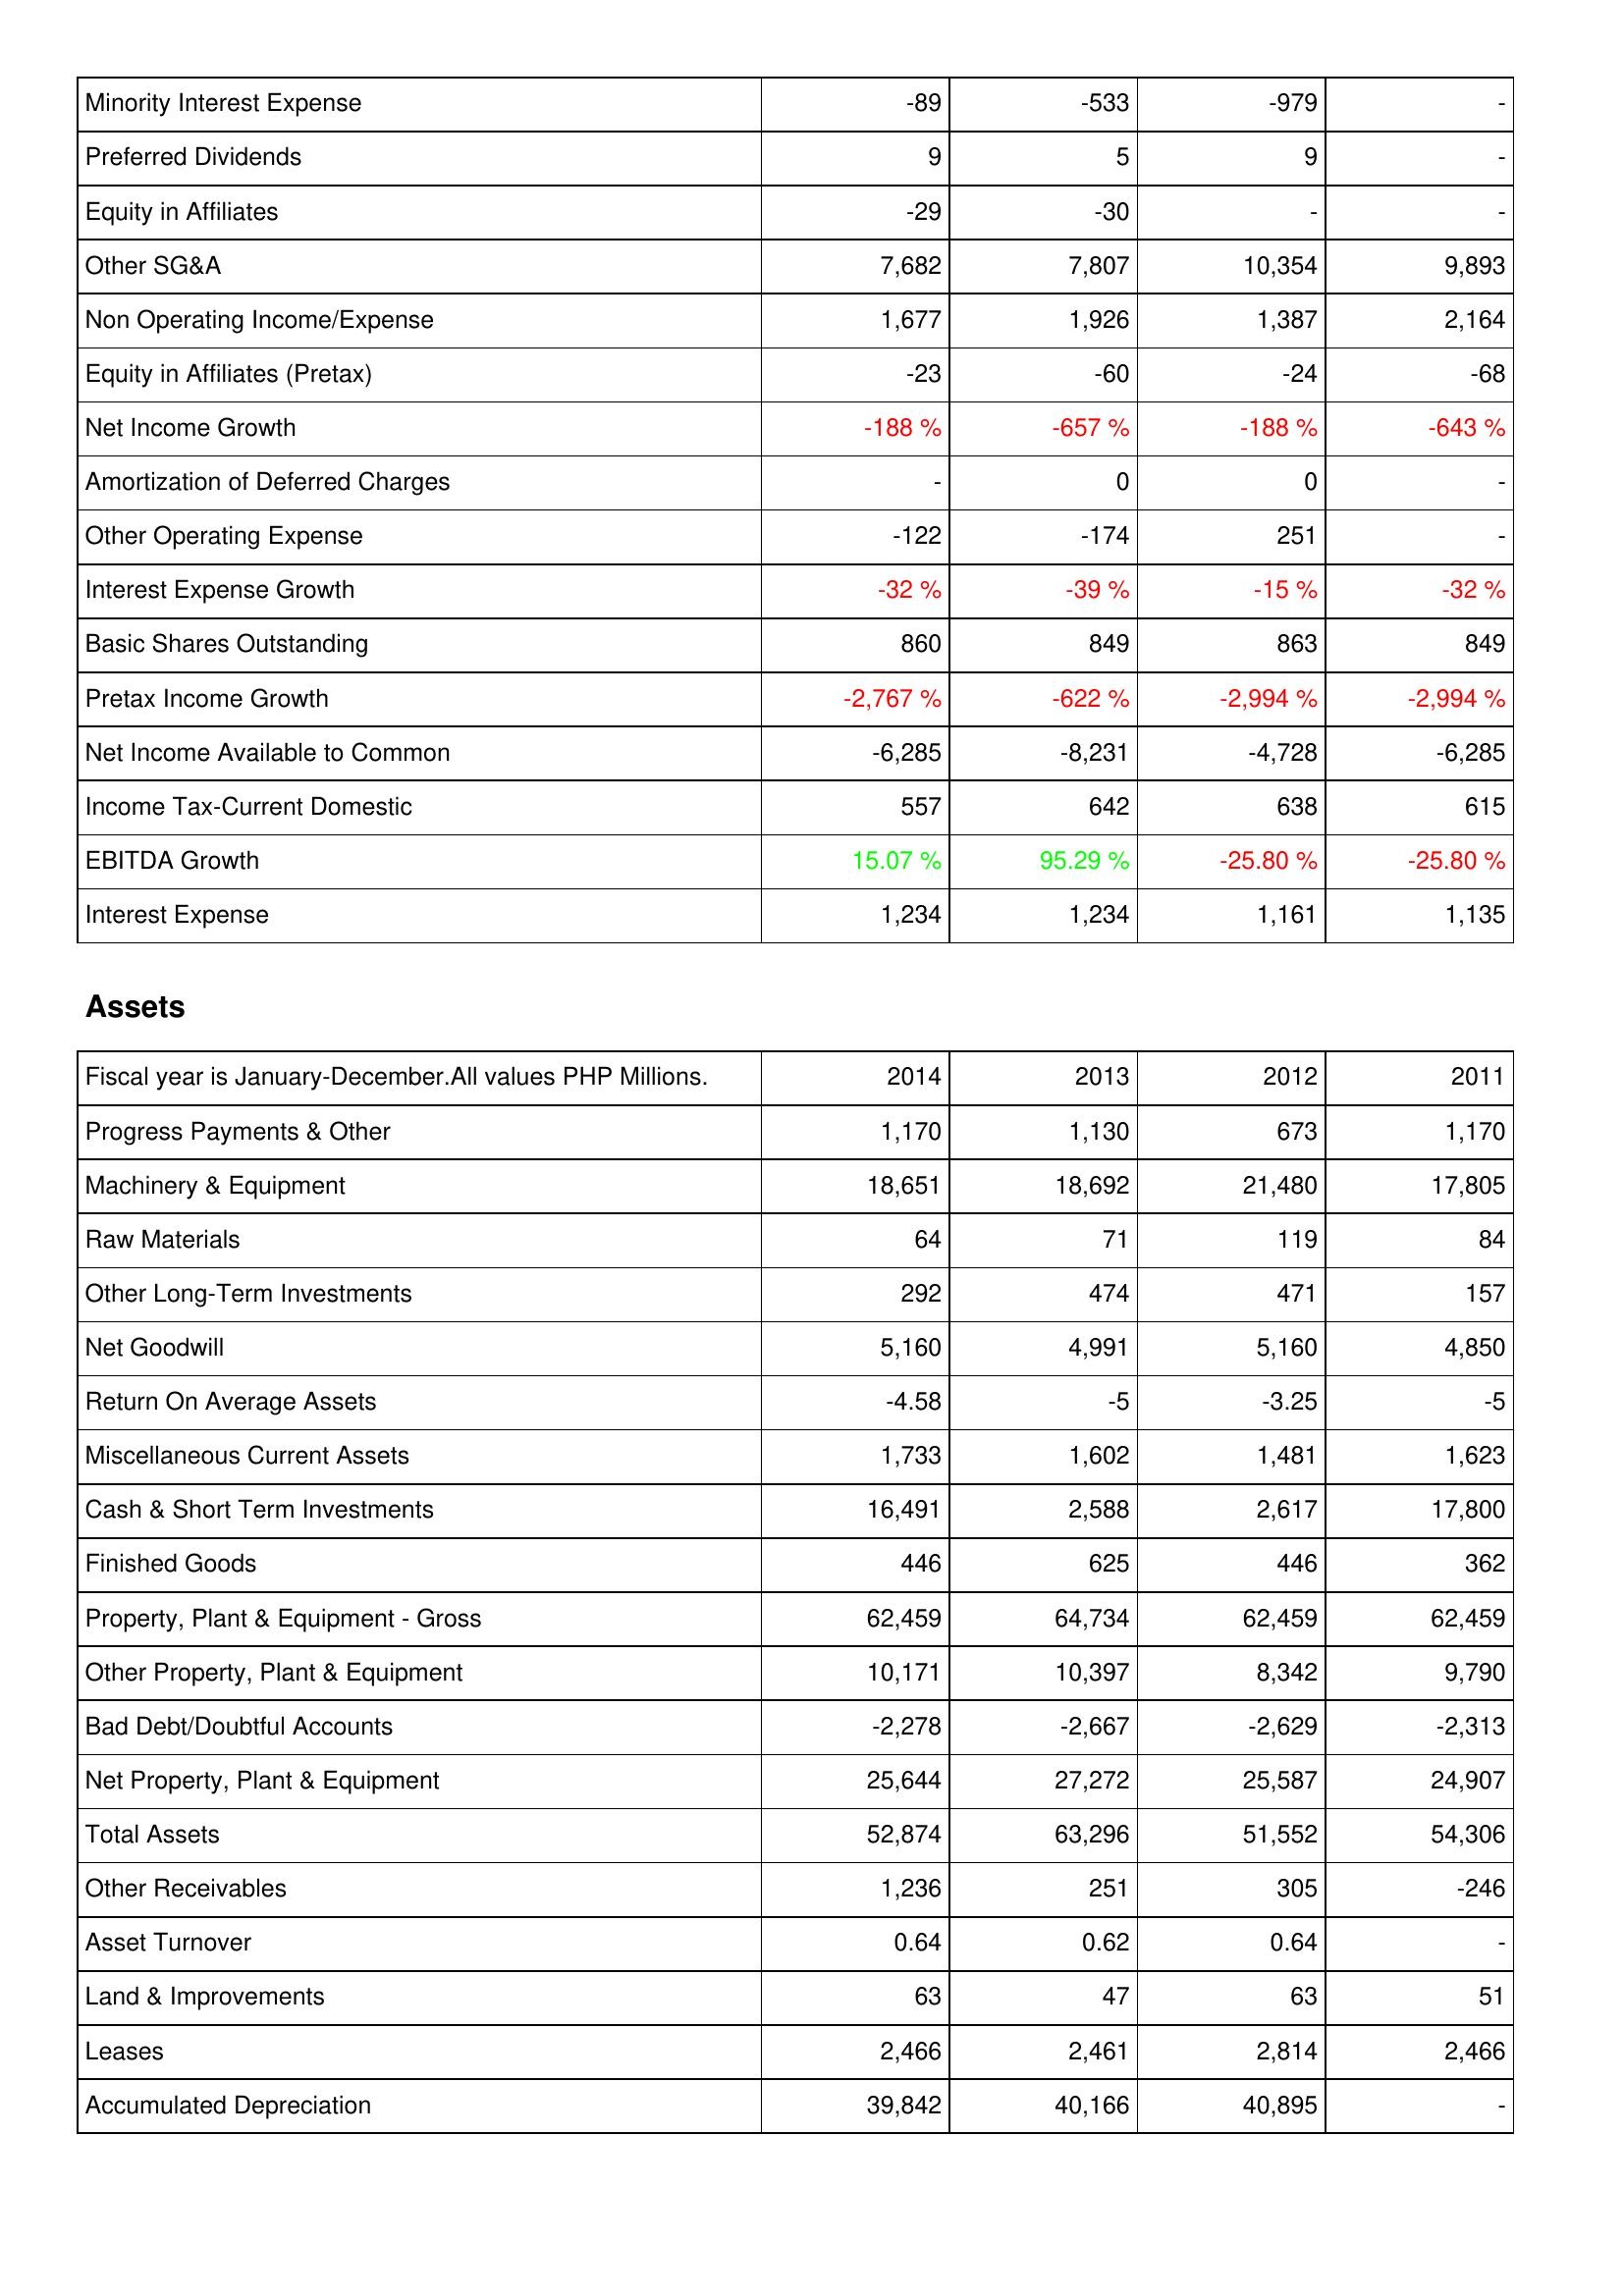
2014: Income Statement: Minority Interest Expense: -89
Preferred Dividends: 9
Equity in Affiliates: -29
Other SG&A: 7,682
Non Operating Income/Expense: 1,677
Equity in Affiliates (Pretax): -23
Net Income Growth: -188 %
Amortization of Deferred Charges: -
Other Operating Expense: -122
Interest Expense Growth: -32 %
Basic Shares Outstanding: 860
Pretax Income Growth: -2,767 %
Net Income Available to Common: -6,285
Income Tax-Current Domestic: 557
EBITDA Growth: 15.07 %
Interest Expense: 1,234
Assets: Progress Payments & Other: 1,170
Machinery & Equipment: 18,651
Raw Materials: 64
Other Long-Term Investments: 292
Net Goodwill: 5,160
Return On Average Assets: -4.58
Miscellaneous Current Assets: 1,733
Cash & Short Term Investments: 16,491
Finished Goods: 446
Property, Plant & Equipment - Gross: 62,459
Other Property, Plant & Equipment: 10,171
Bad Debt/Doubtful Accounts: -2,278
Net Property, Plant & Equipment: 25,644
Total Assets: 52,874
Other Receivables: 1,236
Asset Turnover: 0.64
Land & Improvements: 63
Leases: 2,466
Accumulated Depreciation: 39,842
2013: Income Statement: Minority Interest Expense: -533
Preferred Dividends: 5
Equity in Affiliates: -30
Other SG&A: 7,807
Non Operating Income/Expense: 1,926
Equity in Affiliates (Pretax): -60
Net Income Growth: -657 %
Amortization of Deferred Charges: 0
Other Operating Expense: -174
Interest Expense Growth: -39 %
Basic Shares Outstanding: 849
Pretax Income Growth: -622 %
Net Income Available to Common: -8,231
Income Tax-Current Domestic: 642
EBITDA Growth: 95.29 %
Interest Expense: 1,234
Assets: Progress Payments & Other: 1,130
Machinery & Equipment: 18,692
Raw Materials: 71
Other Long-Term Investments: 474
Net Goodwill: 4,991
Return On Average Assets: -5
Miscellaneous Current Assets: 1,602
Cash & Short Term Investments: 2,588
Finished Goods: 625
Property, Plant & Equipment - Gross: 64,734
Other Property, Plant & Equipment: 10,397
Bad Debt/Doubtful Accounts: -2,667
Net Property, Plant & Equipment: 27,272
Total Assets: 63,296
Other Receivables: 251
Asset Turnover: 0.62
Land & Improvements: 47
Leases: 2,461
Accumulated Depreciation: 40,166
2012: Income Statement: Minority Interest Expense: -979
Preferred Dividends: 9
Equity in Affiliates: -
Other SG&A: 10,354
Non Operating Income/Expense: 1,387
Equity in Affiliates (Pretax): -24
Net Income Growth: -188 %
Amortization of Deferred Charges: 0
Other Operating Expense: 251
Interest Expense Growth: -15 %
Basic Shares Outstanding: 863
Pretax Income Growth: -2,994 %
Net Income Available to Common: -4,728
Income Tax-Current Domestic: 638
EBITDA Growth: -25.80 %
Interest Expense: 1,161
Assets: Progress Payments & Other: 673
Machinery & Equipment: 21,480
Raw Materials: 119
Other Long-Term Investments: 471
Net Goodwill: 5,160
Return On Average Assets: -3.25
Miscellaneous Current Assets: 1,481
Cash & Short Term Investments: 2,617
Finished Goods: 446
Property, Plant & Equipment - Gross: 62,459
Other Property, Plant & Equipment: 8,342
Bad Debt/Doubtful Accounts: -2,629
Net Property, Plant & Equipment: 25,587
Total Assets: 51,552
Other Receivables: 305
Asset Turnover: 0.64
Land & Improvements: 63
Leases: 2,814
Accumulated Depreciation: 40,895
2011: Income Statement: Minority Interest Expense: -
Preferred Dividends: -
Equity in Affiliates: -
Other SG&A: 9,893
Non Operating Income/Expense: 2,164
Equity in Affiliates (Pretax): -68
Net Income Growth: -643 %
Amortization of Deferred Charges: -
Other Operating Expense: -
Interest Expense Growth: -32 %
Basic Shares Outstanding: 849
Pretax Income Growth: -2,994 %
Net Income Available to Common: -6,285
Income Tax-Current Domestic: 615
EBITDA Growth: -25.80 %
Interest Expense: 1,135
Assets: Progress Payments & Other: 1,170
Machinery & Equipment: 17,805
Raw Materials: 84
Other Long-Term Investments: 157
Net Goodwill: 4,850
Return On Average Assets: -5
Miscellaneous Current Assets: 1,623
Cash & Short Term Investments: 17,800
Finished Goods: 362
Property, Plant & Equipment - Gross: 62,459
Other Property, Plant & Equipment: 9,790
Bad Debt/Doubtful Accounts: -2,313
Net Property, Plant & Equipment: 24,907
Total Assets: 54,306
Other Receivables: -246
Asset Turnover: -
Land & Improvements: 51
Leases: 2,466
Accumulated Depreciation: -